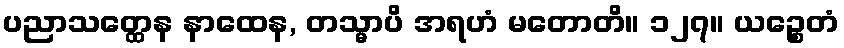
ပညာသတ္ထေန နာထေန, တသ္မာပိ အရဟံ မတောတိ။ ၁၂၇။ ယဉ္စေတံ